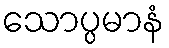
သောပ္ပမာနံ